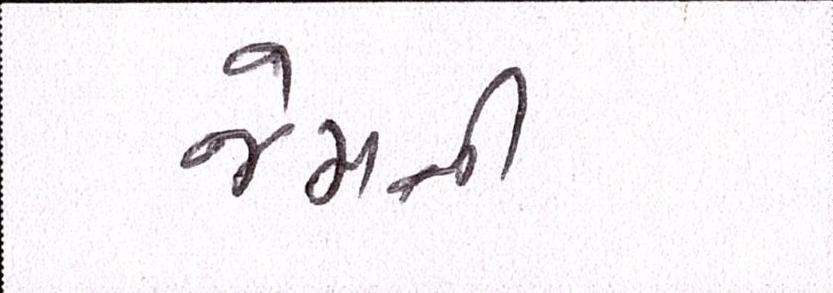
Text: જેમની